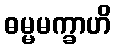
ဓမ္မမက္ခာဟိ